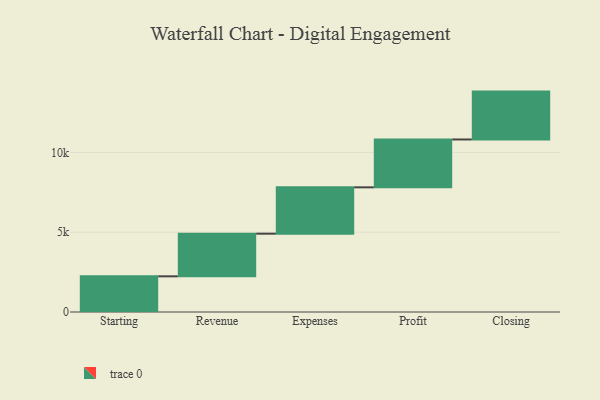
{"axis": {"x": "Step", "y": "Value"}, "legend": [""], "data": [{"x": "Starting", "y": 2236.0, "type": ""}, {"x": "Revenue", "y": 2672.0, "type": ""}, {"x": "Expenses", "y": 2904.0, "type": ""}, {"x": "Profit", "y": 3000, "type": ""}, {"x": "Closing", "y": 3000, "type": ""}]}